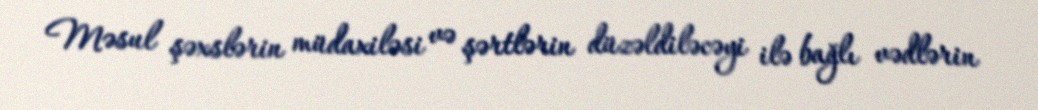
Məsul şəxslərin müdaxiləsi və şərtlərin düzəldiləcəyi ilə bağlı vədlərin